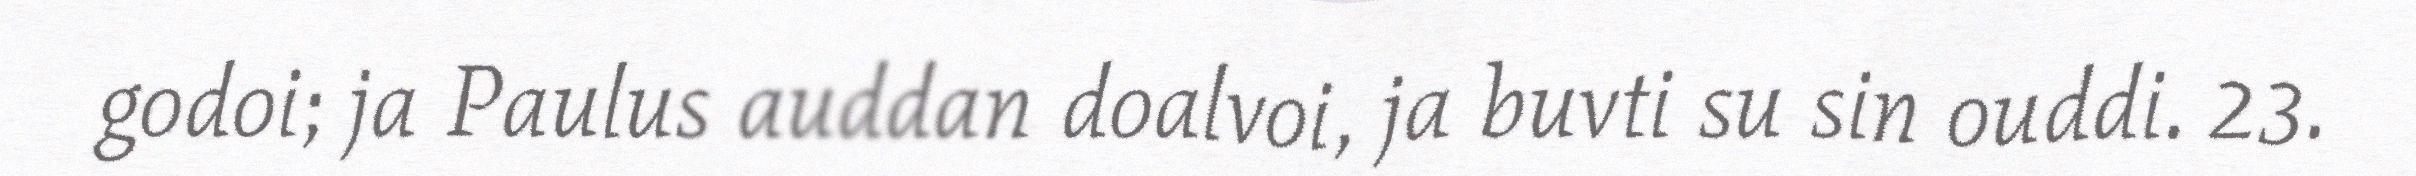
godoi; ja Paulus auddan doalvoi, ja buvti su sin ouddi. 23.